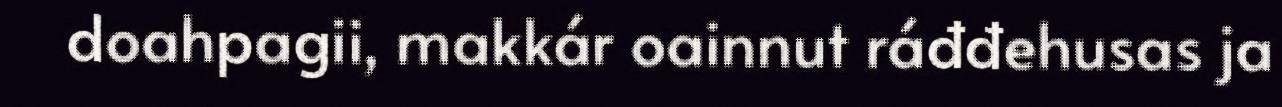
doahpagii, makkár oainnut ráđđehusas ja